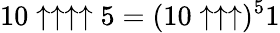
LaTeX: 10\uparrow\uparrow\uparrow\uparrow 5=(10\uparrow\uparrow\uparrow)^{5}1